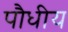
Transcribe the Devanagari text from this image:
पौधीय